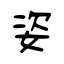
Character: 姿